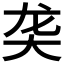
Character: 𬺛